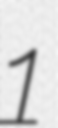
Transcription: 1